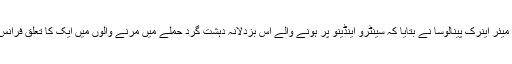
بگوٹا کے میئر اینرک پینالوسا نے بتایا کہ سینٹرو اینڈینو پر ہونے والے اس بزدلانہ دہشت گرد حملے میں مرنے والوں میں ایک کا تعلق فرانس سے ہے۔